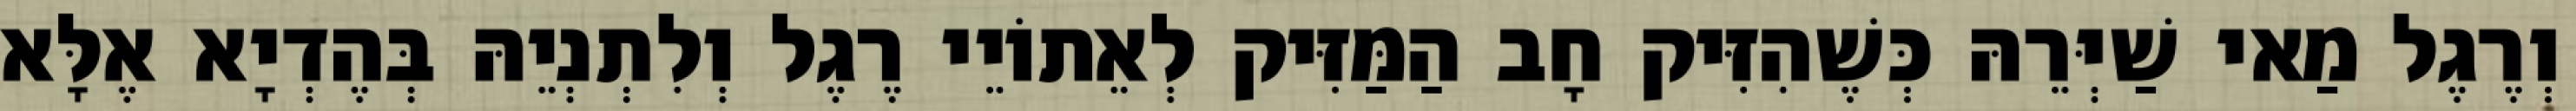
וְרֶגֶל מַאי שַׁיְּרֵהּ כְּשֶׁהִזִּיק חָב הַמַּזִּיק לְאֵתוֹיֵי רֶגֶל וְלִתְנְיֵהּ בְּהֶדְיָא אֶלָּא